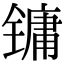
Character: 镛